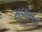
મળતર